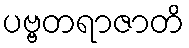
ပဗ္ဗတရာဇာတိ